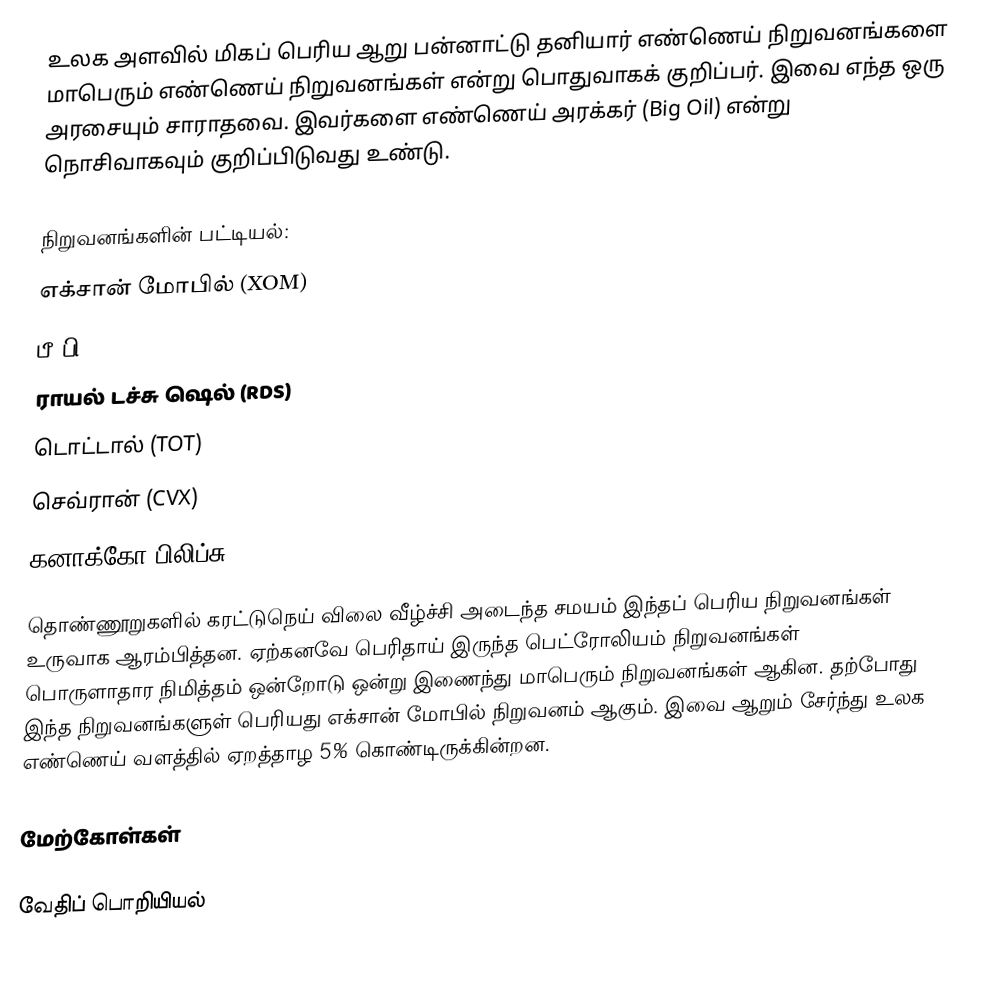
உலக அளவில் மிகப் பெரிய ஆறு பன்னாட்டு தனியார் எண்ணெய் நிறுவனங்களை மாபெரும் எண்ணெய் நிறுவனங்கள் என்று பொதுவாகக் குறிப்பர். இவை எந்த ஒரு அரசையும் சாராதவை. இவர்களை எண்ணெய் அரக்கர் (Big Oil) என்று நொசிவாகவும் குறிப்பிடுவது உண்டு.

நிறுவனங்களின் பட்டியல்:
 எக்சான் மோபில் (XOM)
 பீ.பி (BP)
 ராயல் டச்சு ஷெல் (RDS)
 டொட்டால் (TOT)
 செவ்ரான் (CVX)
 கனாக்கோ பிலிப்சு (CON)

தொண்ணூறுகளில் கரட்டுநெய் விலை வீழ்ச்சி அடைந்த சமயம் இந்தப் பெரிய நிறுவனங்கள் உருவாக ஆரம்பித்தன. ஏற்கனவே பெரிதாய் இருந்த பெட்ரோலியம் நிறுவனங்கள் பொருளாதார நிமித்தம் ஒன்றோடு ஒன்று இணைந்து மாபெரும் நிறுவனங்கள் ஆகின. தற்போது இந்த நிறுவனங்களுள் பெரியது எக்சான் மோபில் நிறுவனம் ஆகும். இவை ஆறும் சேர்ந்து உலக எண்ணெய் வளத்தில் ஏறத்தாழ 5% கொண்டிருக்கின்றன.

மேற்கோள்கள்

வேதிப் பொறியியல்